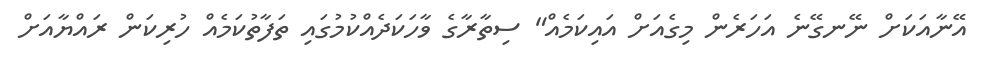
އޭނާއަކަށް ނޭނގޭނެ އަހަރެން މިގެއަށް އައިކަމެއް" ސިތާރާގެ ވާހަކަދެއްކުމުގައި ތަފާތުކަމެއް ހުރިކަން ރައްޔާއަށް